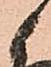
候